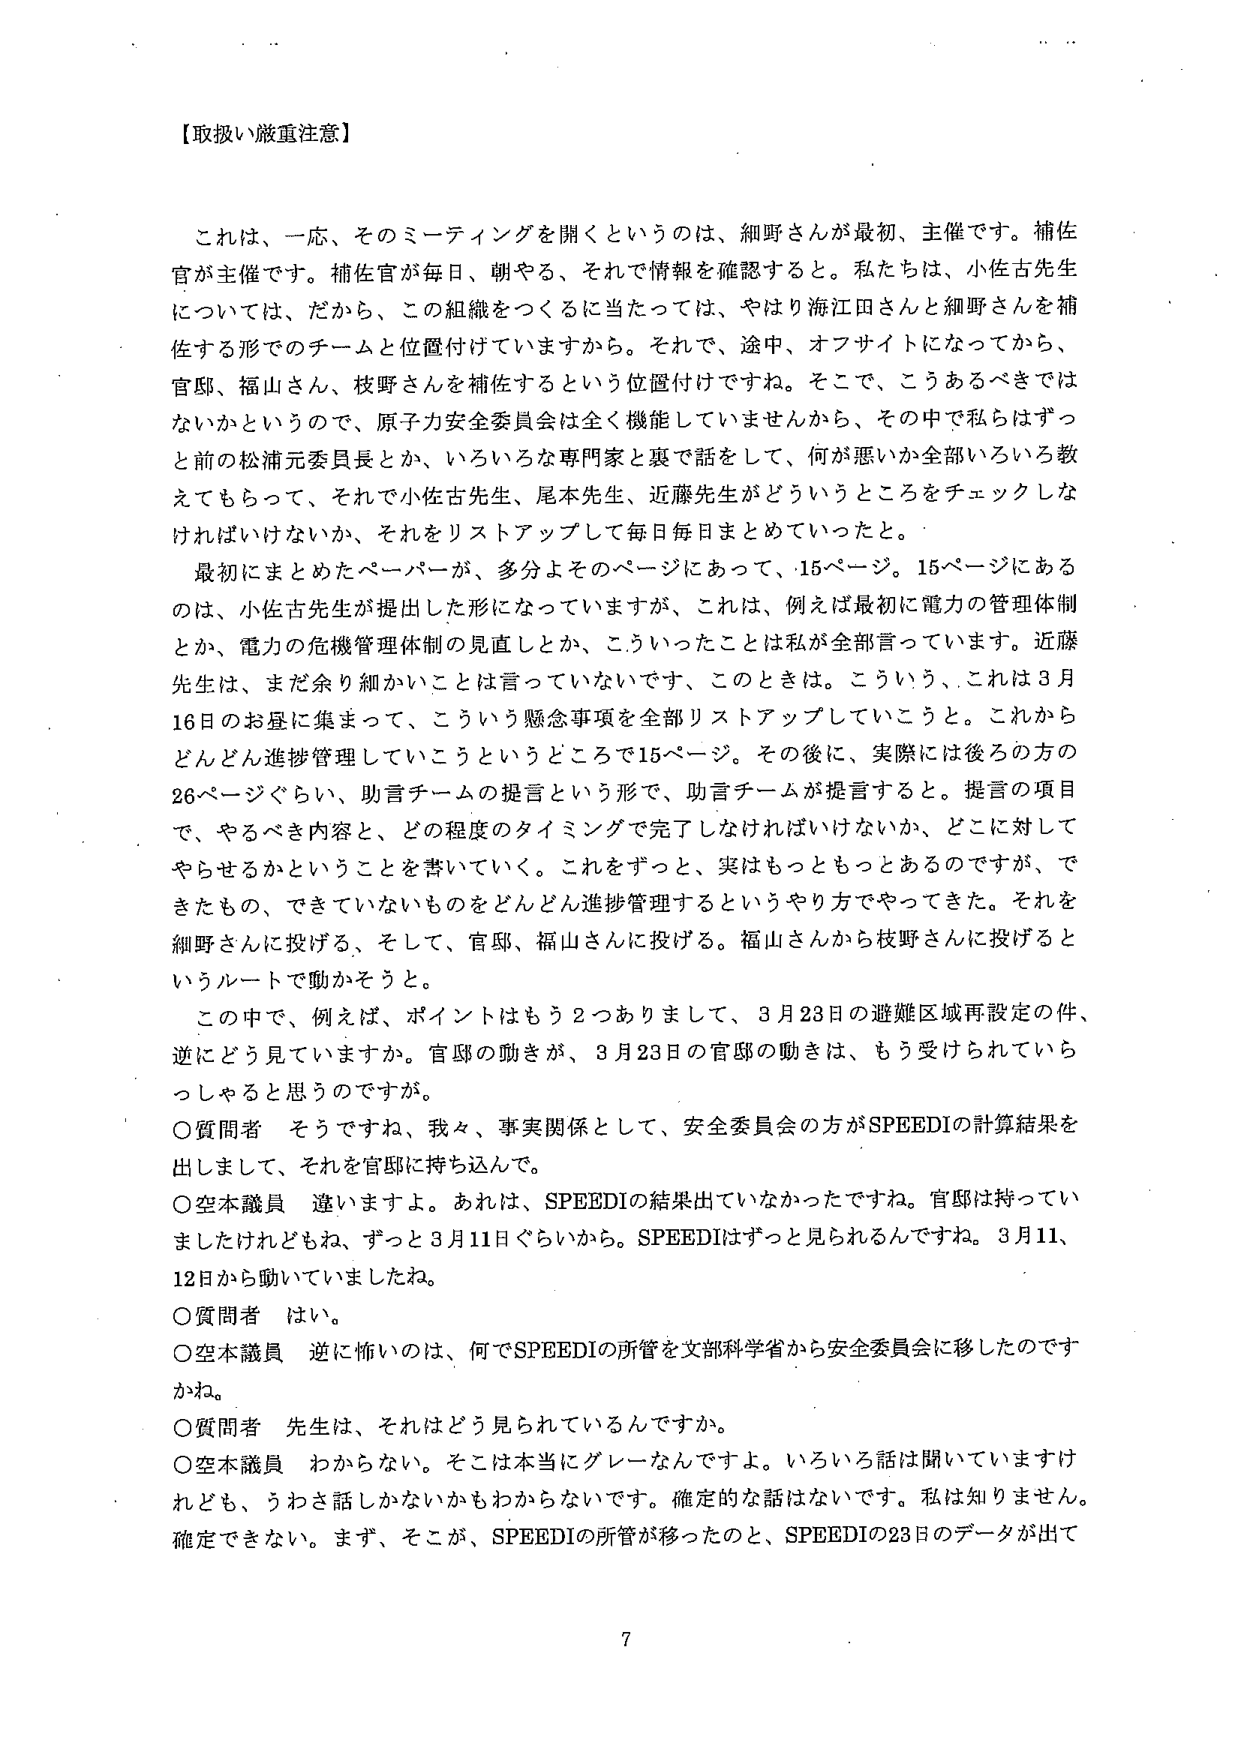
【取扱い厳重注意】

これは、一応、そのミーティングを開くというのは、細野さんが最初、主催です。補佐官が主催です。補佐官が毎日、朝やる、それで情報を確認すると。私たちは、小佐古先生については、だから、この組織をつくるに当たっては、やはり海江田さんと細野さんを補佐する形でのチームと位置付けていますから。それで、途中、オフサイトになってから、官邸、福山さん、枝野さんを補佐するという位置付けですね。そこで、こうあるべきではないかというので、原子力安全委員会は全く機能していませんから、その中で私らはずっと前の松浦元委員長とか、いろいろな専門家と裏で話をして、何が悪いか全部いろいろ教えてもらって、それで小佐古先生、尾本先生、近藤先生がどういうところをチェックしなければいけないか、それをリストアップして毎日毎日まとめていったと。

最初にまとめたペーパーが、多分よそのページにあって、15ページ。15ページにあるのは、小佐古先生が提出した形になっていますが、これは、例えば最初に電力の管理体制とか、電力の危機管理体制の見直しとか、こういったことは私が全部言っています。近藤先生は、まだ余り細かいことは言っていないです、このときは。こういう、これは3月16日のお昼に集まって、こういう懸念事項を全部リストアップしていこうと。これからどんどん進捗管理していこうというところで15ページ。その後に、実際には後ろの方の26ページぐらい、助言チームの提言という形で、助言チームが提言すると。提言の項目で、やるべき内容と、どの程度のタイミングで完了しなければいけないか、どこに対してやらせるかということを書いていく。これをずっと、実はもっともっとあるのですが、できたもの、できていないものをどんどん進捗管理するというやり方でやってきた。それを細野さんに投げる、そして、官邸、福山さんに投げる。福山さんから枝野さんに投げるというルートで動かそうと。

この中で、例えば、ポイントはもう2つありまして、3月23日の避難区域再設定の件、逆にどう見ていますか。官邸の動きが、3月23日の官邸の動きは、もう受けられていらっしゃると思うのですが。

〇質問者　そうですよね、我々、事実関係として、安全委員会の方がSPEEDIの計算結果を出しまして、それを官邸に持ち込んで。

〇空本議員　違いますよ。あれは、SPEEDIの結果出ていなかったですね。官邸は持っていませんたけれどもね、ずっと3月11日ぐらいから。SPEEDIはずっと見られるんですね。3月11、12日から動いていましたね。

〇質問者　はい。

〇空本議員　逆に怖いのは、何でSPEEDIの所管を文部科学省から安全委員会に移したのですかね。

〇質問者　先生は、それはどう見られているんですか。

〇空本議員　わからない。そこは本当にグレーなんですよ。いろいろ話は聞いていますが、けれども、うわさ話しかないかもわかりません。確定的な話はないです。私は知りません。確定できない。まず、そこが、SPEEDIの所管が移ったのと、SPEEDIの23日のデータが出て

7